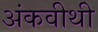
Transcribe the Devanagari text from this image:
अंकवीथी